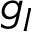
g _ { I }